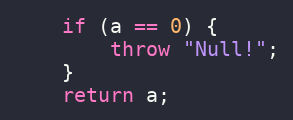
Language: C++
    if (a == 0) {
        throw "Null!";
    }
    return a;